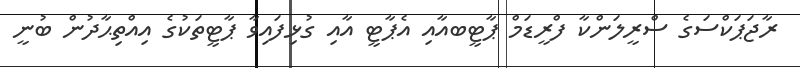
ރާޖަޕަކްސަގެ ސްރީލަންކާ ފްރީޑަމް ޕާޓީބއާއި އެޕާޓީ އާއި ގުޅިފައިވާ ޕާޓީތަކުގެ އިއްތިޙާދުން ބުނީ